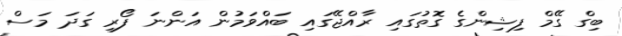
ބިގް ގޭމް ފިޝިންގެ ގޮތުގައި ރާއްޖޭގައި ބައްވަމުން އަންނަ ފޯރި ގަދަ މަސް